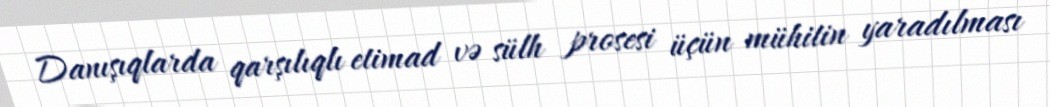
Danışıqlarda qarşılıqlı etimad və sülh prosesi üçün mühitin yaradılması